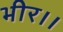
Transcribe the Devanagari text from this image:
भीर।।